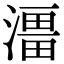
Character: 𭲔